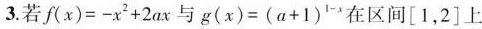
3.若$$f ( x ) = - x^{2} + 2 a x$$与$$g ( x ) = ( α + 1 )^{1-x}$$在区间\left[1，2\right]上